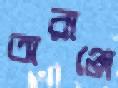
অরাঞ্জে